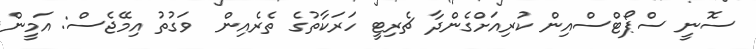
ސޮނީ ސްޕޯޓްސްއިން ކުރިއަށްގެންދާ ޗެރިޓީ ހަރަކާތުގެ ތެރެއިން  ވަގުތު އިމޭޖެސް: އަމީން